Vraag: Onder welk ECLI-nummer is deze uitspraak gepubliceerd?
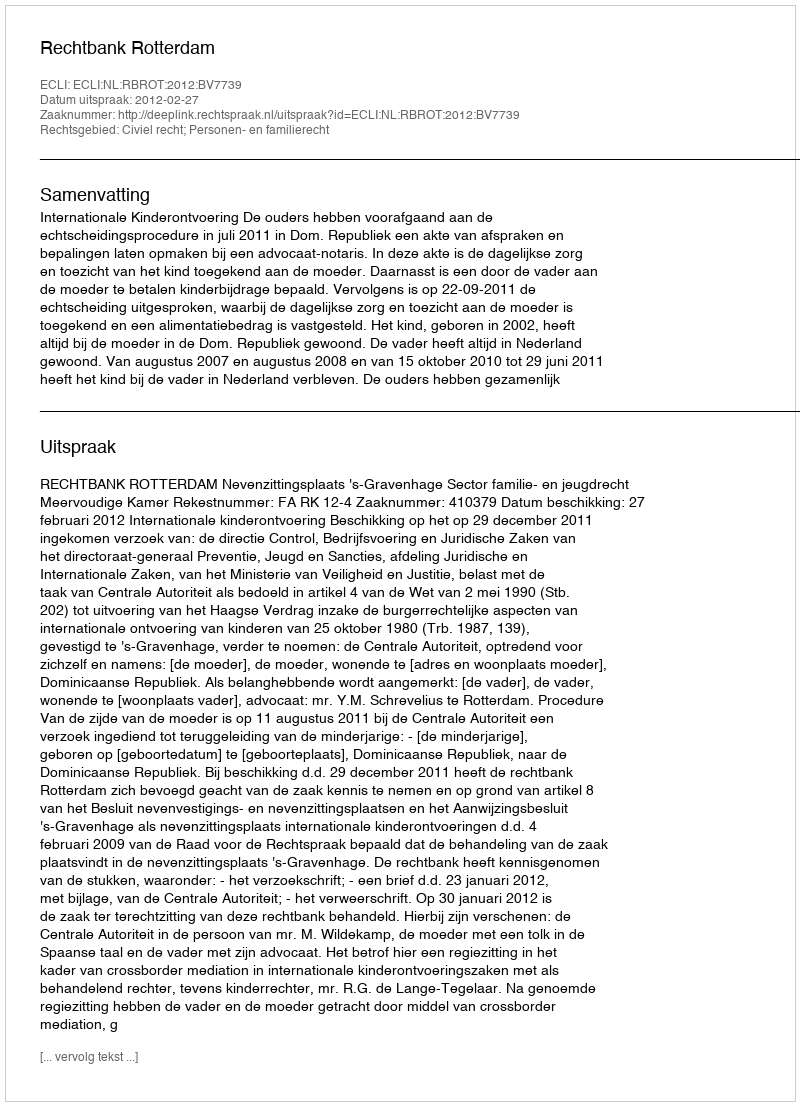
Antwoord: ECLI:NL:RBROT:2012:BV7739